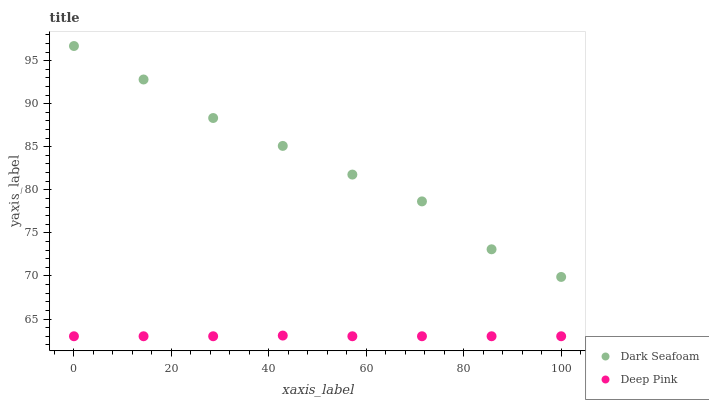
| xaxis_label | Dark Seafoam | Deep Pink |
 | --- | --- | --- |
 | 0 | 96.7 | 63 |
 | 14.3 | 92.8 | 63 |
 | 28.6 | 88.3 | 63 |
 | 42.9 | 85.1 | 63.1 |
 | 57.1 | 81.8 | 63 |
 | 71.4 | 78.7 | 63 |
 | 85.7 | 73.1 | 63 |
 | 100 | 69.9 | 63 |